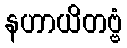
နဟာယိတဗ္ဗံ